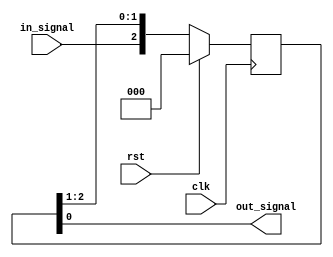
module synchronizer (
    // Inputs
    input wire clk, // System clock signal
    input wire rst, // Reset signal
    input wire in_signal, // Input signal to be synchronized
    
    // Outputs
    output reg out_signal // Synchronized output signal
);

reg [2:0] sync_reg; // Register to store synchronized signal

always @(posedge clk) begin
    if (rst) begin
        sync_reg <= 3'b0; // Reset the synchronizer
    end else begin
        sync_reg <= {in_signal, sync_reg[2:1]}; // Shift input signal through the synchronizer
    end
end

assign out_signal = sync_reg[0]; // Output synchronized signal

endmodule